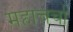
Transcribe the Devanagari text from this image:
महाचर्चा